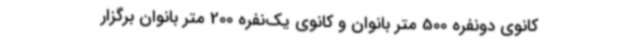
کانوی دونفره 500 متر بانوان و کانوی یک‌نفره 200 متر بانوان برگزار